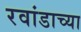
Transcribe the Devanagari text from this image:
रवांडाच्‍या